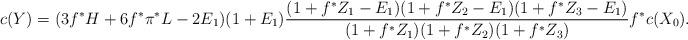
LaTeX: \begin{align*}c(Y)=(3f^* H+6f^* \pi^* L-2E_1)(1+E_1)\frac{(1+f^* Z_1-E_1)(1+f^* Z_2 -E_1)(1+f^* Z_3-E_1)}{(1+f^* Z_1)(1+f^* Z_2)(1+f^* Z_3)} f^*c(X_0). \end{align*}